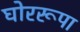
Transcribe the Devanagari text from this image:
घोररूपा